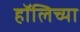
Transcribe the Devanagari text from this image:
हॉलिच्या